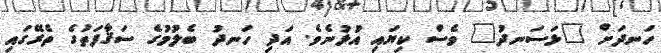
ހަނދަށް "ޅަސަނދު" ވެސް ކިޔައި އުޅުނެވެ. އަދި ހަނދު ބެލުމުގެ ސަޤާފަތުގެ ތެރޭގައި